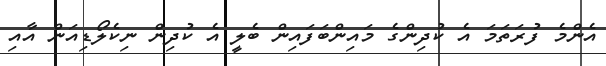
އެންމެ ފުރަތަމަ އެ ކުދިންގެ މައިންބަފައިން ބެލީ އެ ކުދިން ނިކެލޯޑިއަން އާއި